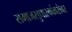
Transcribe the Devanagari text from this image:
समाजसुधारकांबरोबर